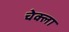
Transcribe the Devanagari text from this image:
चेक्ला